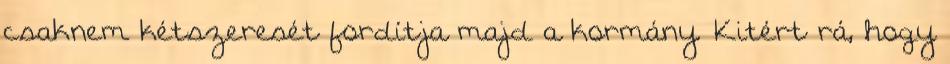
csaknem kétszeresét fordítja majd a kormány. Kitért rá, hogy